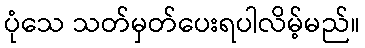
ပုံသေ သတ်မှတ်ပေးရပါလိမ့်မည်။